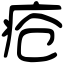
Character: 疮